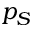
p _ { S }